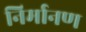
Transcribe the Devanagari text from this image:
निर्मानण